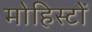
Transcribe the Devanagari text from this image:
मोहिस्टों